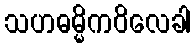
သဟဓမ္မိကဝိလေခါ